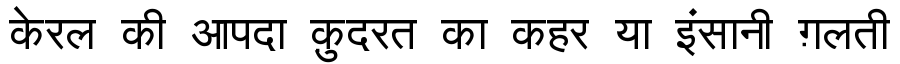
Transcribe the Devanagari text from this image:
केरल की आपदा क़ुदरत का कहर या इंसानी ग़लती